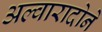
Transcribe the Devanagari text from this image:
अल्वारादोने